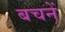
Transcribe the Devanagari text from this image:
बचनें